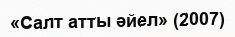
«Салт атты әйел» (2007)